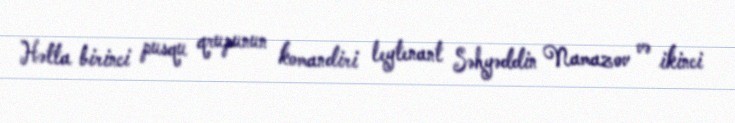
Hətta birinci pusqu qrupunun komandiri leytenant Səhyəddin Namazov və ikinci